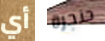
أي حنجرة